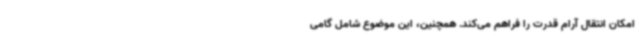
امکان انتقال آرام قدرت را فراهم می‌کند. همچنین، این موضوع شامل گامی